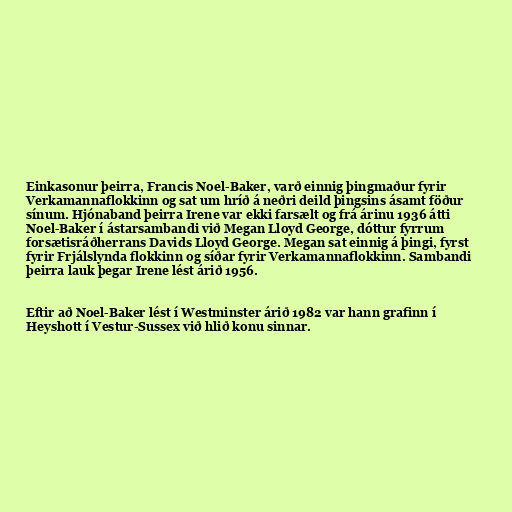
Einkasonur þeirra, Francis Noel-Baker, varð einnig þingmaður fyrir
Verkamannaflokkinn og sat um hríð á neðri deild þingsins ásamt föður
sínum. Hjónaband þeirra Irene var ekki farsælt og frá árinu 1936 átti
Noel-Baker í ástarsambandi við Megan Lloyd George, dóttur fyrrum
forsætisráðherrans Davids Lloyd George. Megan sat einnig á þingi, fyrst
fyrir Frjálslynda flokkinn og síðar fyrir Verkamannaflokkinn. Sambandi
þeirra lauk þegar Irene lést árið 1956.

Eftir að Noel-Baker lést í Westminster árið 1982 var hann grafinn í
Heyshott í Vestur-Sussex við hlið konu sinnar.